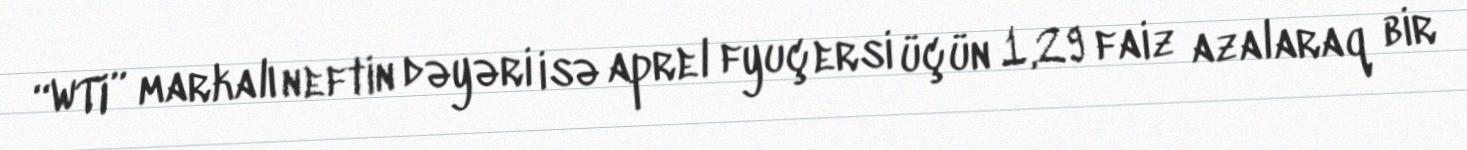
“WTI” markalı neftin dəyəri isə aprel fyuçersi üçün 1,29 faiz azalaraq bir